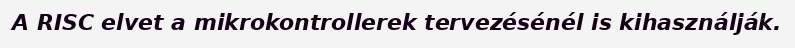
A RISC elvet a mikrokontrollerek tervezésénél is kihasználják.